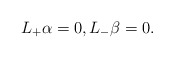
\begin{align*} L_+\alpha=0,L_-\beta=0.\end{align*}